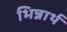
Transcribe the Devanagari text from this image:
भिन्नार्थ